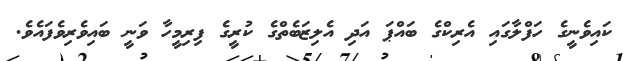
ކައިވެނީގެ ހަފްލާގައި އެރިކްގެ ބައްޕަ އަދި އެލިޒަބެތްގެ ކުރީގެ ފިރިމީހާ ވަނީ ބައިވެރިވެފައެވެ.